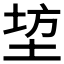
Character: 𮰣